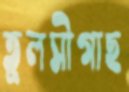
তুলসীগাছ